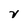
Character: x